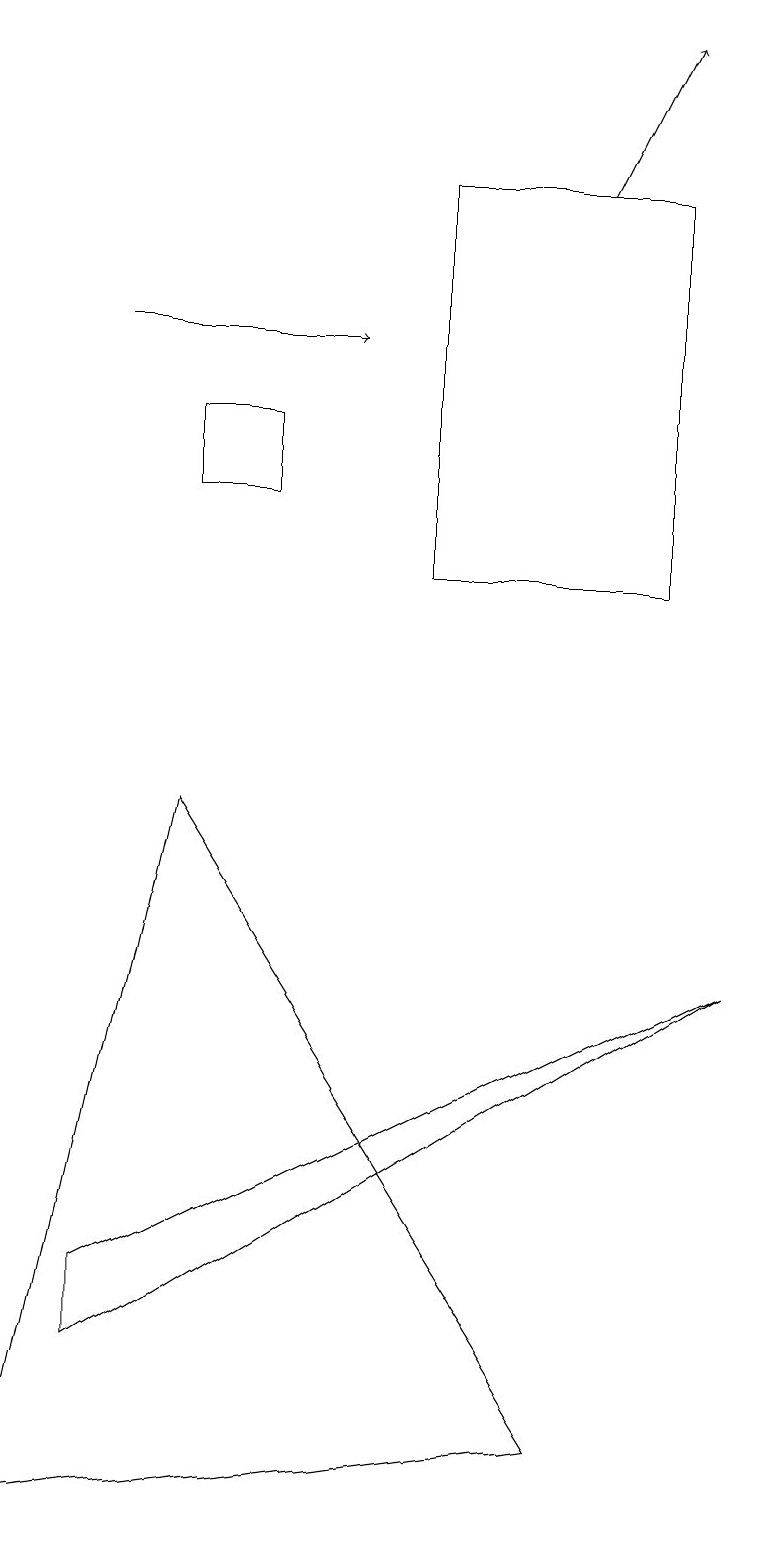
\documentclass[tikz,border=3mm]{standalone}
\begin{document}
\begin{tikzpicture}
\draw (2,9) -- (7,1) -- (0,0) -- cycle;
\draw (5,12) rectangle (8,17);
\draw (9,7) -- (1,3) -- (1,2) -- cycle;
\draw[->] (7,17) -- (8,19);
\draw[->] (1,15) -- (4,15);
\draw (3,14) rectangle (2,13);
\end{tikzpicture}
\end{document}